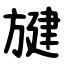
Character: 旔